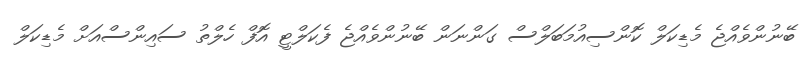
ބޭނުންވެއްޖެ މެޑިކަލް ކޮންސިއުމަބަލްސް ގަންނަން ބޭނުންވެއްޖެ ފެކަލްޓީ އޮފް ހެލްތު ސައިންސްއަށް މެޑިކަލް